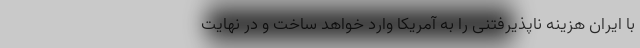
با ایران هزینه ناپذیرفتنی را به آمریکا وارد خواهد ساخت و در نهایت